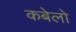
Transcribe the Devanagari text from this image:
कबेलो